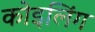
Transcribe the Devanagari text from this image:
कोइलिंग